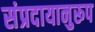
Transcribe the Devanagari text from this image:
संप्रदायानुरूप